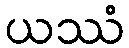
ယဿံ